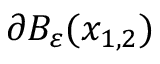
\partial B _ { \varepsilon } ( x _ { 1 , 2 } )